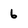
Character: 6